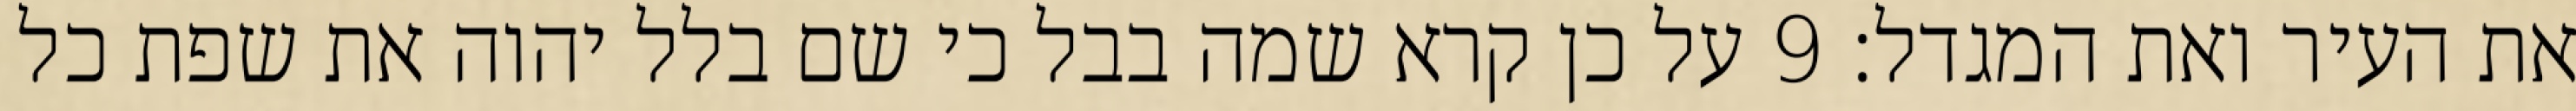
את העיר ואת המגדל׃ ‎9‏ על כן קרא שמה בבל כי שם בלל יהוה את שפת כל